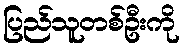
ပြည်သူတစ်ဦးကို